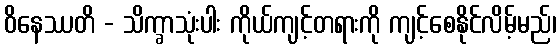
ဝိနေဿတိ - သိက္ခာသုံးပါး ကိုယ်ကျင့်တရားကို ကျင့်စေနိုင်လိမ့်မည်၊